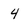
Character: 4